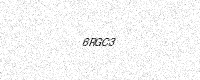
Text: 6RGC3